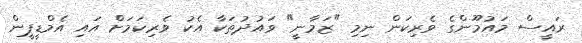
ރައީސް މައުމޫންގެ ވެރިކަން ނިމި "ޒަމާނީ" ވައުދުތަކާ އެކު ވެރިކަމަށް އައި އެމްޑީޕީން